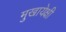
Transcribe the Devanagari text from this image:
मुखायेक्षी